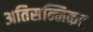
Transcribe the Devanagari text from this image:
अतिसन्निकट